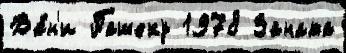
Ва́н'и Пашеку 1978 Заната